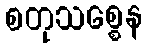
စတုသစ္စေန